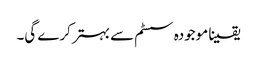
یقینا موجودہ سسٹم سے بہتر کرے گی۔